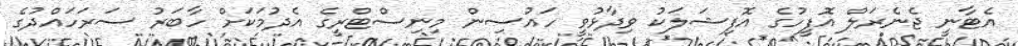
އެޓާނީ ޖެނެރަލް އޮފީހުގެ އޮފިޝަލަކު ވިދާޅުވީ ހައުސިން މިނިސްޓްރީގެ އެދުމަކަށް ހާބަރު ސަރަހައްދުގެ